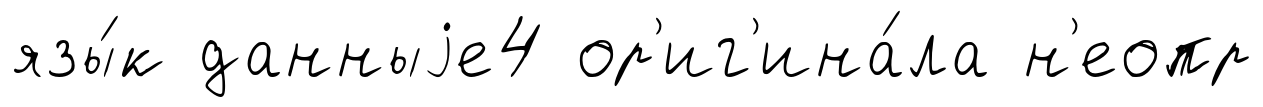
язы́к данныjе4 ор'иг'ина́ла н'еопр